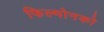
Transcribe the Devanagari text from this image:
फिल्मोनको